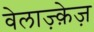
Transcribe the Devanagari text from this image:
वेलाज़्क़ेज़